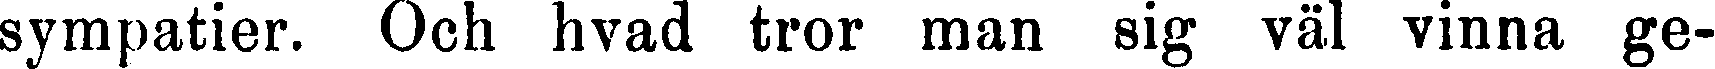
sympatier. Och hvad tror man sig väl vinna ge-